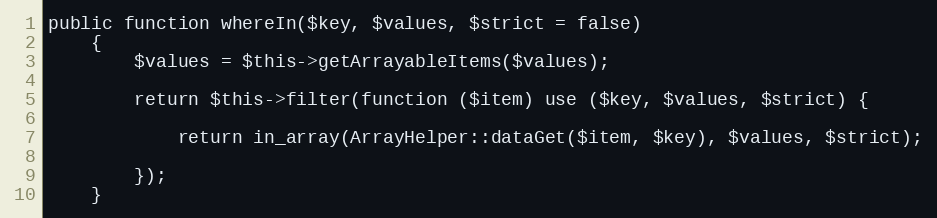
Language: PHP
public function whereIn($key, $values, $strict = false)
    {
        $values = $this->getArrayableItems($values);

        return $this->filter(function ($item) use ($key, $values, $strict) {

            return in_array(ArrayHelper::dataGet($item, $key), $values, $strict);

        });
    }